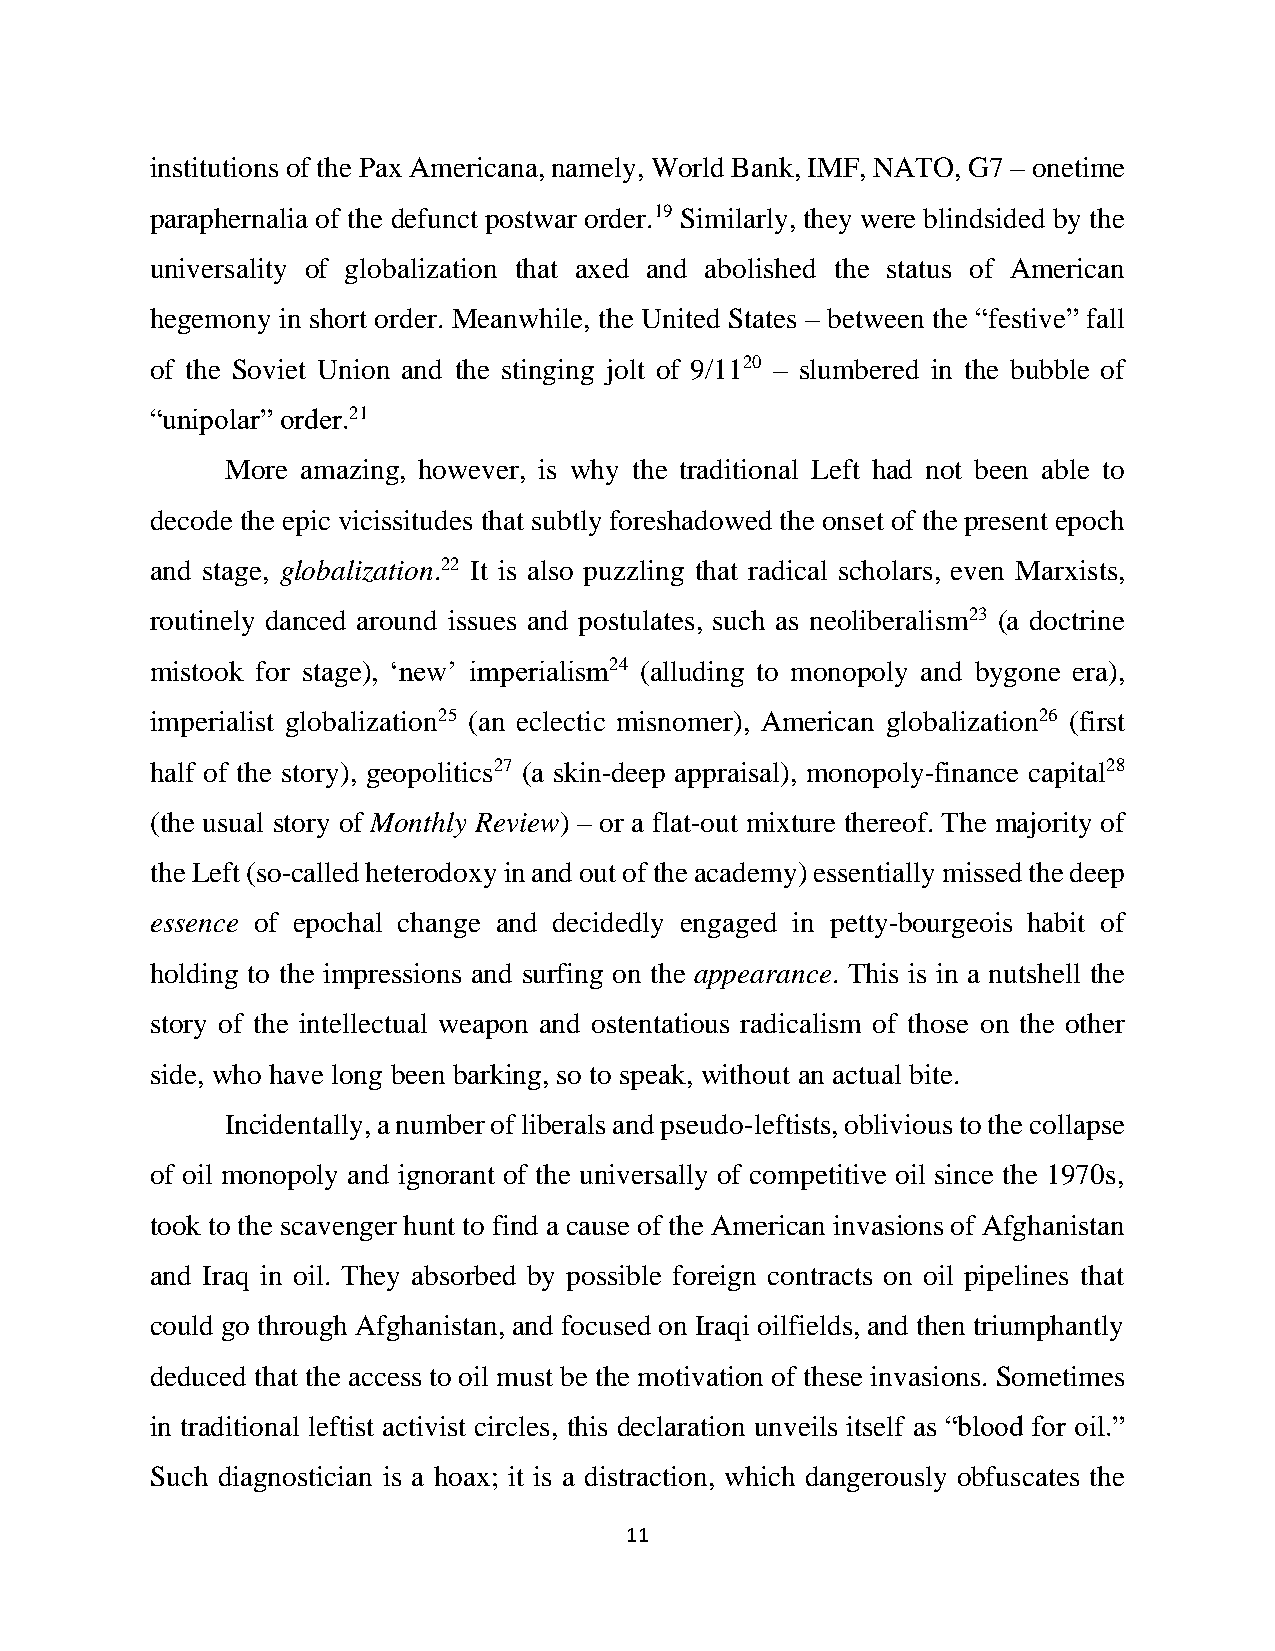
institutions of the Pax Americana, namely, World Bank, IMF, NATO, G7 – onetime
 paraphernalia of the defunct postwar order.19 Similarly, they were blindsided by the
 universality of globalization that axed and abolished the status of American
 hegemony in short order. Meanwhile, the United States – between the “festive” fall
 of the Soviet Union and the stinging jolt of 9/1120 – slumbered in the bubble of
 “unipolar” order.21
 More amazing, however, is why the traditional Left had not been able to
 decode the epic vicissitudes that subtly foreshadowed the onset of the present epoch
 and stage, globalization.22 It is also puzzling that radical scholars, even Marxists,
 routinely danced around issues and postulates, such as neoliberalism23 (a doctrine
 mistook for stage), ‘new’ imperialism24 (alluding to monopoly and bygone era),
 imperialist globalization25 (an eclectic misnomer), American globalization26 (first
 half of the story), geopolitics27 (a skin-deep appraisal), monopoly-finance capital28
 (the usual story of Monthly Review) – or a flat-out mixture thereof. The majority of
 the Left (so-called heterodoxy in and out of the academy) essentially missed the deep
 essence of epochal change and decidedly engaged in petty-bourgeois habit of
 holding to the impressions and surfing on the appearance. This is in a nutshell the
 story of the intellectual weapon and ostentatious radicalism of those on the other
 side, who have long been barking, so to speak, without an actual bite.
 Incidentally, a number of liberals and pseudo-leftists, oblivious to the collapse
 of oil monopoly and ignorant of the universally of competitive oil since the 1970s,
 took to the scavenger hunt to find a cause of the American invasions of Afghanistan
 and Iraq in oil. They absorbed by possible foreign contracts on oil pipelines that
 could go through Afghanistan, and focused on Iraqi oilfields, and then triumphantly
 deduced that the access to oil must be the motivation of these invasions. Sometimes
 in traditional leftist activist circles, this declaration unveils itself as “blood for oil.”
 Such diagnostician is a hoax; it is a distraction, which dangerously obfuscates the
 11